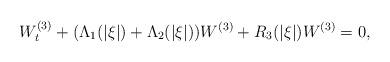
LaTeX: \begin{align*}W^{(3)}_{t}+(\Lambda_1(|\xi|)+\Lambda_2(|\xi|))W^{(3)}+R_3(|\xi|)W^{(3)}=0,\end{align*}